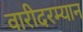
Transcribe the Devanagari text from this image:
वारीदरम्यान